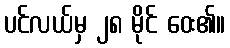
ပင်လယ်မှ ၂၈ မိုင် ဝေး၏။